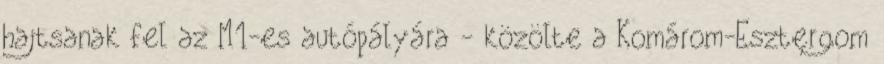
hajtsanak fel az M1-es autópályára - közölte a Komárom-Esztergom